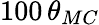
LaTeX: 100\, \theta_{MC}